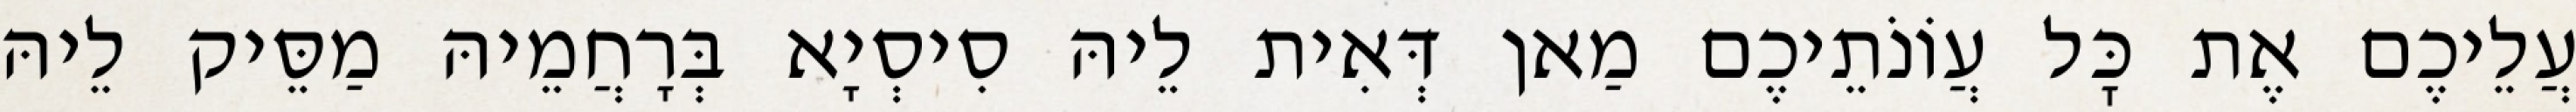
עֲלֵיכֶם אֶת כׇּל עֲוֹנֹתֵיכֶם מַאן דְּאִית לֵיהּ סִיסְיָא בְּרָחֲמֵיהּ מַסֵּיק לֵיהּ